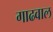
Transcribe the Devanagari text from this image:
गाढवाल